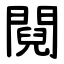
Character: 䦧